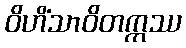
ဝိဟိံသာဝိတက္ကဿ